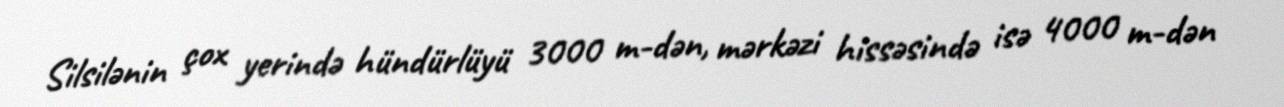
Silsilənin çox yerində hündürlüyü 3000 m-dən, mərkəzi hissəsində isə 4000 m-dən